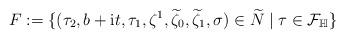
LaTeX: \begin{align*} F:=\{(\tau_2,b+\mathrm{i} t,\tau_1,\zeta^1,\widetilde{\zeta}_0,\widetilde{\zeta}_1,\sigma)\in \widetilde{N} \; | \; \tau \in \mathcal{F}_{\mathbb{H}}\}\end{align*}